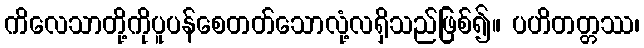
ကိလေသာတို့ကိုပူပန်စေတတ်သောလုံ့လရှိသည်ဖြစ်၍။ ပဟိတတ္တဿ၊